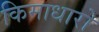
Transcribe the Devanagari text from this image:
किमाधारो